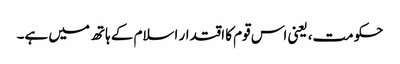
حکومت، یعنی اس قوم کا اقتدار اسلام کے ہاتھ میں ہے۔